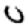
Digit: 0